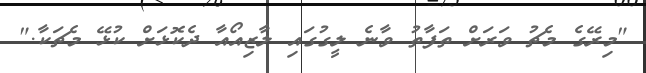
"މިރޭގެ މެޗު ވަރަށް ތަފާތު ވާނެ ލީގުގައި ލާޒިއޯއާ ދެކޮޅަށް ކުޅޭ މެޗަކާ."